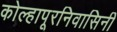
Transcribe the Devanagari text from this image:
कोल्हापूरनिवासिनी